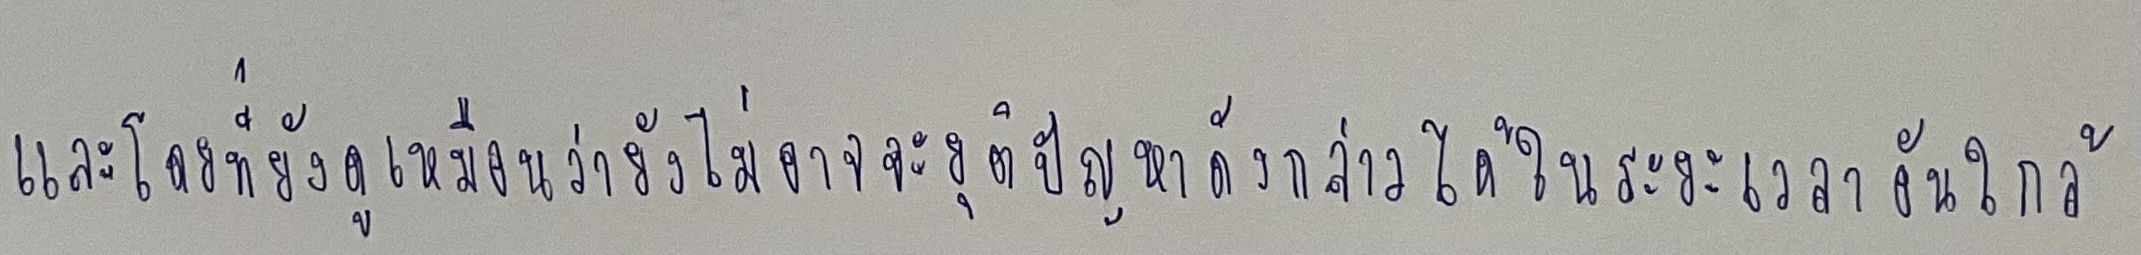
และโดยที่ยังดูเหมือนว่ายังไม่อาจจะยุติปัญหาดังกล่าวได้ในระยะเวลาอันใกล้